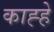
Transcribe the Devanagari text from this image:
काह्हे